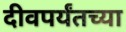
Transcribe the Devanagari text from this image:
दीवपर्यंतच्या